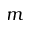
m